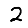
Digit: 2